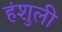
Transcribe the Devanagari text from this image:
हंशुली